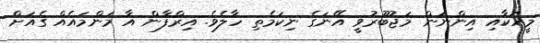
މީހަކާއި އިންނަން މަޖުބޫރުވީ އޭނަގެ ނިކަމެތި ހާލެވެ. އިރްފާން އާ މަންމައެއް ގެއަށް